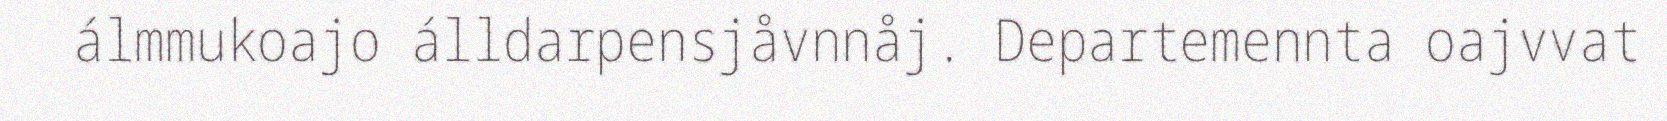
álmmukoajo álldarpensjåvnnåj. Departemennta oajvvat